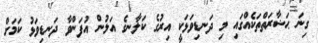
ގިނަ ޙަޟާރަތްތަކެއްގައި މި ދަނޑިވަޅަކީ އިރުގެ ކަލާނގެ އަލުން އުފަންވާ ދަނޑިވަޅު ކަމަށް